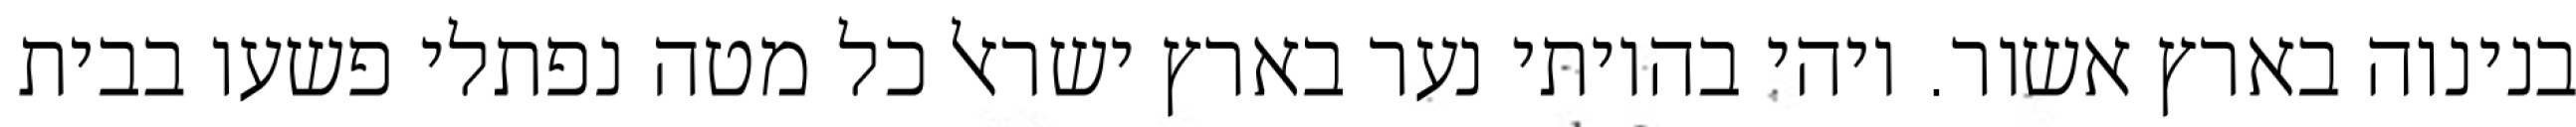
בנינוה בארץ אשור. ויהי בהיותי נער בארץ ישראל כל מטה נפתלי פשעו בבית